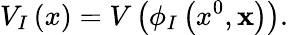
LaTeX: V_{I}\left(x\right)=V\left(\phi_{I}\left(x^{0},{\mathbf x}\right)\right).